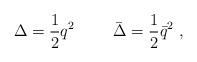
LaTeX: \begin{align*}\Delta = {1 \over 2} q^2 \ \qquad \bar \Delta = {1 \over 2} \bar q^2 \ ,\end{align*}